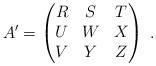
LaTeX: \begin{align*}A'=\begin{pmatrix}R&S&T\\U&W&X\\V&Y&Z\end{pmatrix}\;.\end{align*}